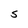
Character: S